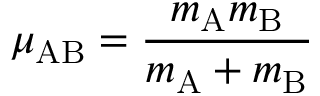
\mu _ { \mathrm { A B } } = { \frac { { m _ { \mathrm { A } } } { m _ { \mathrm { B } } } } { { m _ { \mathrm { A } } } + { m _ { \mathrm { B } } } } }